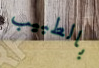
بالطبيب